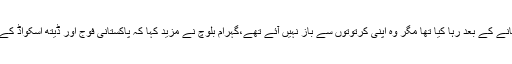
ان کو ایک دفعہ پہلے بھی گرفتار کرکے تنبیہ اور سمجھانے کے بعد رہا کیا تھا مگر وہ اپنی کرتوتوں سے باز نہیں آئے تھے،گہرام بلوچ نے مزید کہا کہ پاکستانی فوج اور ڈیتھ اسکواڈ کے معاون کاروں کو کسی صورت بھی نہیں بخشا جائے گا۔